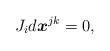
\begin{align*}J_{i}d\boldsymbol{x}^{jk}=0,\end{align*}